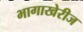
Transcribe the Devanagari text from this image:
भागाखेरीज